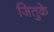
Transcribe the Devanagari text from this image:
जितुके